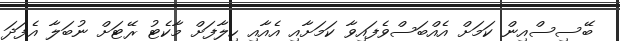
ބޭސިސްއިން ކަމަށް އެއްބަސްވެފައިވާ ކަމަށާއި އެއާއި ހިލާފަށް މާކެޓު ރޭޓަށް ނުބަލާ އެފަދަ